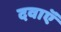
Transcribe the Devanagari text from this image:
दवाऍं